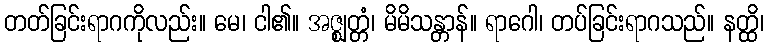
တတ်ခြင်းရာဂကိုလည်း။ မေ၊ ငါ၏။ အဇ္ဈတ္တံ၊ မိမိသန္တာန်။ ရာဂေါ၊ တပ်ခြင်းရာဂသည်။ နတ္ထိ၊